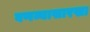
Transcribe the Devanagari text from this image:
वणव्यासारखा